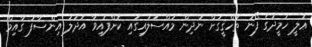
ޢަލީ ހަމީދުގެ ފޯނު ތަހްޤީގަށް ނުދިން މައްސަލައިގައި ކޮށްފައިވާ އަދުލު އިންސާފު ގާއިމް